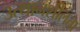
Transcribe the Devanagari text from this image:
उत्थानशीलता